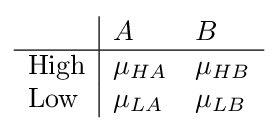
{\begin{array}{l|ll}&A&B\\\hline {\text{High}}&\mu _{HA}&\mu _{HB}\\{\text{Low}}&\mu _{LA}&\mu _{LB}\end{array}}